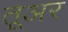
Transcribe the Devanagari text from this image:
तूअर